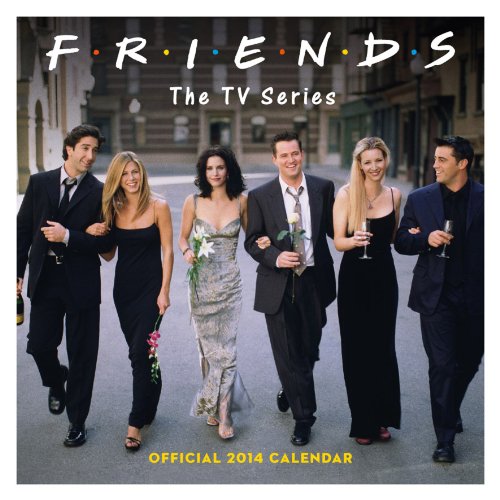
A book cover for Official Friends TV 2014 Calendar; Calendars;